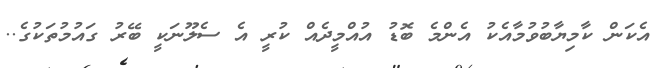
އެކަން ކާމިޔާބުވުމާއެކު އެންމެ ބޮޑު އުއްމީދެއް ކުރީ އެ ސެލޫނަކީ ބޭރު ގައުމުތަކުގެ..